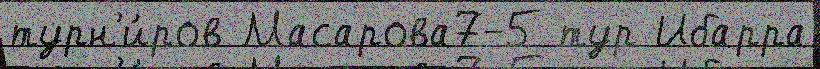
турн'и́ров Масарова7-5 тур Ибарра